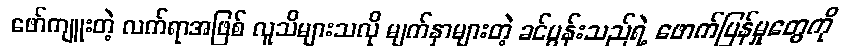
ဖော်ကျူးတဲ့ လက်ရာအဖြစ် လူသိများသလို မျက်နှာများတဲ့ ခင်ပွန်းသည်ရဲ့ ဖောက်ပြန်မှုတွေကို